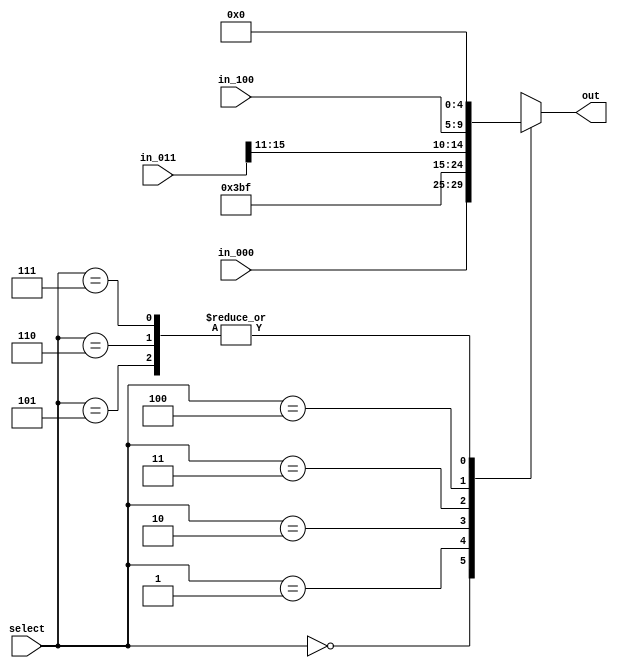
module mux_RegDst(
    input  wire  [2:0]  select,
    input  wire  [4:0] in_000, // rt
    input  wire  [15:0] in_011, // rd
    input  wire  [4:0] in_100, // rs
    output reg  [4:0] out
);

    always @(*) begin
        case(select)
            3'b000: out = in_000;   
            3'b001: out = 5'b11101; // 29
            3'b010: out = 5'b11111; // 31
            3'b011: out = in_011[15:11];
            3'b100: out = in_100;
            3'b101: out = 32'b0; // entradas unitilizadas
            3'b110: out = 32'b0;
            3'b111: out = 32'b0;
        endcase
    end
endmodule